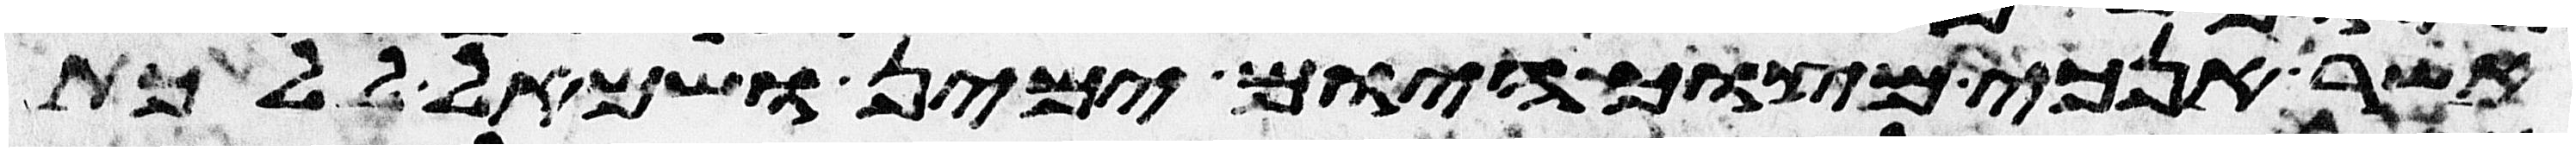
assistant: אשר אנכי מצוך היום ימין ושמאל ללכת